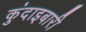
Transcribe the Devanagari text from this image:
कुंदाइबारी